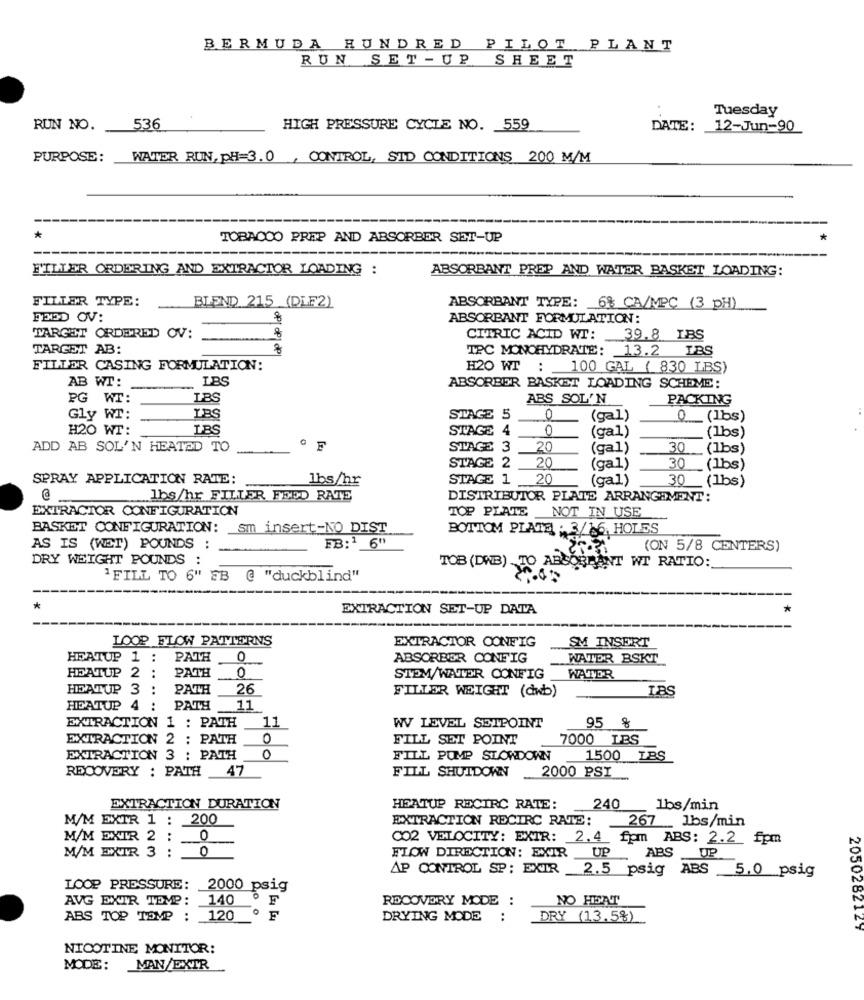
BERMUDA HUNDRED PILOT PLANT
RUN SET-UP SHEET
Tuesday
RUN NO.
536
HIGH PRESSURE CYCLE NO. 559
DATE:
12-Jun-90
PURPOSE:
WATER RUN, PH=3.0 , CONTROL, STD CONDITIONS 200 M/M
*
TOBACOO PREP AND ABSORBER SET-UP
FILLER ORDERING AND EXTRACTOR LOADING :
ABSORBANT PREP AND WATER BASKET LOADING:
FILLER TYPE:
BLEND 215 (DLF2)
ABSORBANT TYPE: 68 CA/MPC (3 PH)
FERD OV:
8
ABSORBANT FORMULATION:
TARGET ORDERED OV:
8
CITRIC ACID WT: 39.8 LBS
TARGET AB:
TPC MONOHYDRATE: 13.2 IBS
FILLER CASING FORMULATION:
H20 WT : 100 GAL ( 830 LBS)
AB WT:
ABSORBER BASKET LOADING SCHEME:
PG WT:
LBS
ABS SOL'N
PACKING
Gly WT:
LB
STAGE 5
0
(gal)
0
_ (Ibs)
H20 WT:
LBS
STAGE 4
0
(ga1)
(1bs)
ADD AB SOL'N HEATOD TO
F
STAGE 3 _20
(ga1)
30
_ (1bs)
STAGE 2 20
(ga1)
30
(1bs)
SPRAY APPLICATION RATE:
lbs/hr
STAGE 1 20
(gal)
30 (1bs)
lbs/hr FILLER FEED RATE
DISTRIBUTOR PLATE ARRANGEMENT:
EXTRACTOR CONFIGURATION
TOP PLATE
NOT IN USE
BASKET CONFIGURATION: sm insert-NO DIST
BOTTOM PLATE . 3/16, HOLES
FB:1 6"
AS IS (WET) POUNDS :
(ON 5/8 CENTERS)
DRY WEIGHT POUNDS :
TOB (DWB) TO ABSORBANT WT RATIO:
1FILL TO 6" FB @ "duckblind"
*
EXTRACTION SET-UP DATA
LOOP FLOW PATTERNS
EXTRACTOR CONFIG
SM INSERT
HEATUP 1 :
PATH
0
ABSORBER CONFIG
WATER BSKT
HEATUP 2 :
PATH
0
STEM/WATER CONFIG
WATER
HEATUP 3 :
PATH
26
FILLER WEIGHT (dwb)
IBS
HEATUP
4
:
PATH
11
EXTRACTION 1 : PATH
11
W LEVEL SETPOINT
95 %
EXTRACTION 2 : PATH
FILL SET POINT
7000 LBS
EXTRACTION 3 : PATH
0
FILL POMP SLOWDOWN
1500 LBS
RECOVERY : PATH
47
FILL SHUTDOWN
2000 PSI
EXTRACTION DURATION
HEATUP RECIRC RATE:
240
1bs/min
M/M EXTR 1 : 200
EXTRACTION RECIRC RATE:
267 Jbs/min
M/M EXIR 2 :_
0
CO2 VELOCITY: EXTR: 2.4 fpm ABS: 2.2 fpm
M/M EXTR 3 :
0
ABS
UP
FLOW DIRECTION: EXIR UP
AP CONTROL SP: EXTR 2.5 psig ABS 5.0 psig
LOOP PRESSURE: 2000 psig
AVG EXTR TEMP: 140
F
RECOVERY MODE
:
NO HEAT
0
ABS TOP TEMP : 120
F
DRYING MODE
:
DRY (13.5%)
2050282127
NICOTINE MONITOR:
MODE:
MAN/EXTR